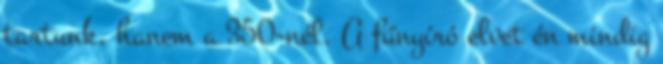
tartunk, hanem a 350-nél. A fűnyíró elvet én mindig